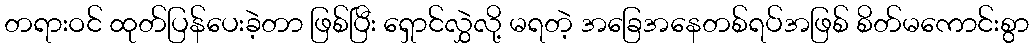
တရားဝင် ထုတ်ပြန်ပေးခဲ့တာ ဖြစ်ပြီး ရှောင်လွှဲလို့ မရတဲ့ အခြေအနေတစ်ရပ်အဖြစ် စိတ်မကောင်းစွာ